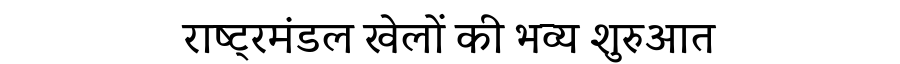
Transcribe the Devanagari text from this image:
राष्ट्रमंडल खेलों की भव्य शुरुआत